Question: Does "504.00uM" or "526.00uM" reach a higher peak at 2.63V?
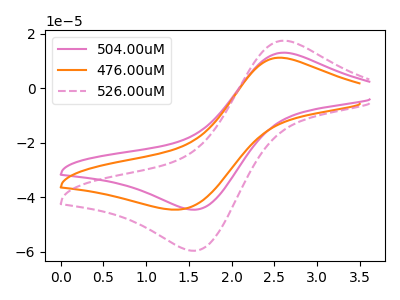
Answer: <think>The pink curve "504.00uM" has an anodic peak at (2.65V, 13.00uA) and a cathodic peak at (1.55V, -44.50uA). The orange curve "476.00uM" has an anodic peak at (2.55V, 11.20uA) and a cathodic peak at (1.40V, -44.50uA). The pink dashed curve "526.00uM" has an anodic peak at (2.65V, 17.40uA) and a cathodic peak at (1.55V, -59.55uA).</think>
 <answer>The peak at 2.63V is lower in "504.00uM" than in "526.00uM".</answer>
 <eval>lower</eval>